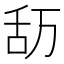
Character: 𮍴